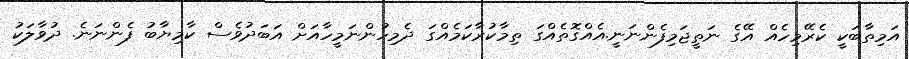
އަމިތާބަކީ ކެރޭމިހެއް އޭގެ ނަތީޖަމިފެންނަނީ.އެއްގޮތެއްގަ ތިމާކުރާކަމެއްގަ ދެމިހުންނަމީހާއަށް އަބަދުވެސް ކާމިޔާބު ފެންނަނެ. ދުވާލަކު